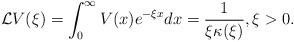
\begin{align*}\mathcal{L}V(\xi)=\int_0^\infty V(x)e^{-\xi x}dx=\frac{1}{\xi\kappa(\xi)}, \xi>0.\end{align*}